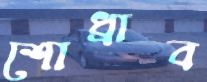
শোধ্‌রাব